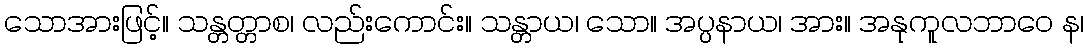
သောအားဖြင့်။ သန္တတ္တာစ၊ လည်းကောင်း။ သန္တာယ၊ သော။ အပ္ပနာယ၊ အား။ အနုကူလဘာဝေ န၊